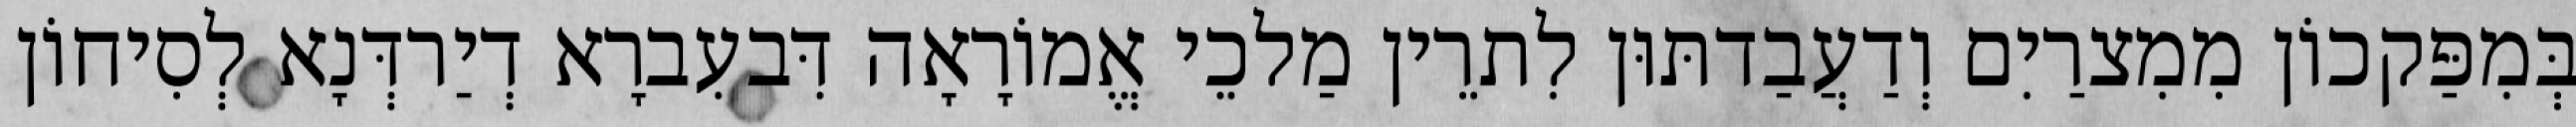
בְּמִפַּקכוֹן מִמִצרַיִם וְדַעֲבַדתּוּן לִתרֵין מַלכֵי אֱמוֹרָאָה דִּבעִברָא דְיַרדְּנָא לְסִיחוֹן